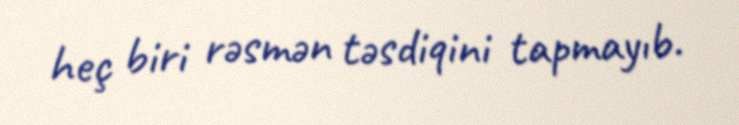
heç biri rəsmən təsdiqini tapmayıb.